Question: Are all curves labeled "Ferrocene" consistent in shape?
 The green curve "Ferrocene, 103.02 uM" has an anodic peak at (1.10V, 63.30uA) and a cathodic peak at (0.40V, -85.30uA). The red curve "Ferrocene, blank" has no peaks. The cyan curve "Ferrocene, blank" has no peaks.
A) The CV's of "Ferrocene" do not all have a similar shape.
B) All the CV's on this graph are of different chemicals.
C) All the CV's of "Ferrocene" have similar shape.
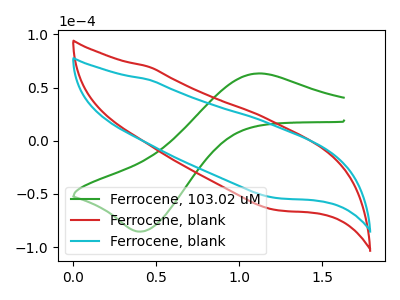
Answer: <think>"Ferrocene, 103.02 uM" and "Ferrocene, blank" have a different number of peaks. "Ferrocene, 103.02 uM" and "Ferrocene, blank" have a different number of peaks. Neither "Ferrocene, blank" or "Ferrocene, blank" have any peaks.
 </think>
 <answer>C) All the CV's of "Ferrocene" have similar shape.</answer>
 <eval>C</eval>